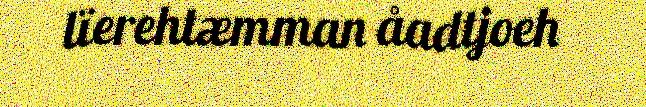
lïerehtæmman åadtjoeh